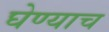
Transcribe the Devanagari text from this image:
घेण्याच